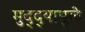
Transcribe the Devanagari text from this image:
मुद्‌द्‌यामुळे